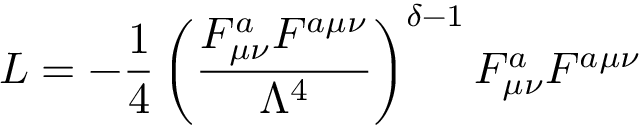
L = - \frac { 1 } { 4 } \left( \frac { F _ { \mu \nu } ^ { a } F ^ { a \mu \nu } } { \Lambda ^ { 4 } } \right) ^ { \delta - 1 } F _ { \mu \nu } ^ { a } F ^ { a \mu \nu }